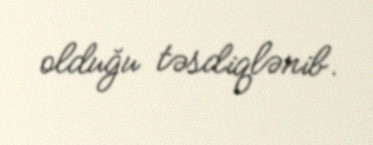
olduğu təsdiqlənib.